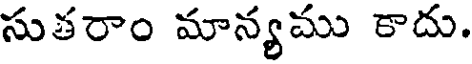
సుతరాం మాన్యము కాదు.